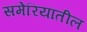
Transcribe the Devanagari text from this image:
समेरियातील